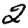
Digit: 2